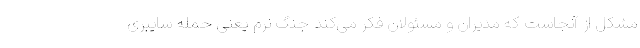
مشکل از آنجاست که مدیران و مسئولان فکر می‌کند جنگ نرم یعنی حمله سایبری